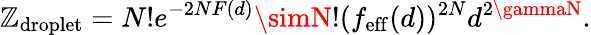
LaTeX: \mathbb{Z}_{\mathrm{{droplet}}}=N!e^{-2NF(d)}\simN!(f_{\mathrm{{eff}}}(d))^{2N}d^{2\gammaN}.